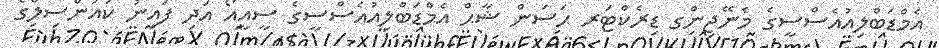
އެމްޑަބްލިއުއެސްސީގެ މެނޭޖިންގ ޑިރެކްޓަރ ޙަސަން ޝާޙް އެމްޑަބްލިއުއެސްސީގެ ސީއީއޯ އަދި ފައިނު ކައުންސިލްގެ